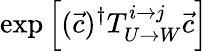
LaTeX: \exp\left[(\vec{c})^{\dagger}T_{U\rightarrow W}^{i\rightarrow j}\vec{c}\right]